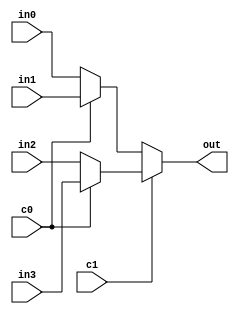
module mux4b32(
	input[31:0] in0,
	input[31:0] in1,
	input[31:0]	in2,
	input[31:0] in3,
	input c0, c1,
	output[31:0] out
);
	// (00, in0), (01, in1), (10, in2), (11, in3)
	assign out = (!c1)? ((!c0)? in0 :in1) :  ((!c0)? in2 :in3);

endmodule